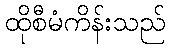
ထိုစီမံကိန်းသည်